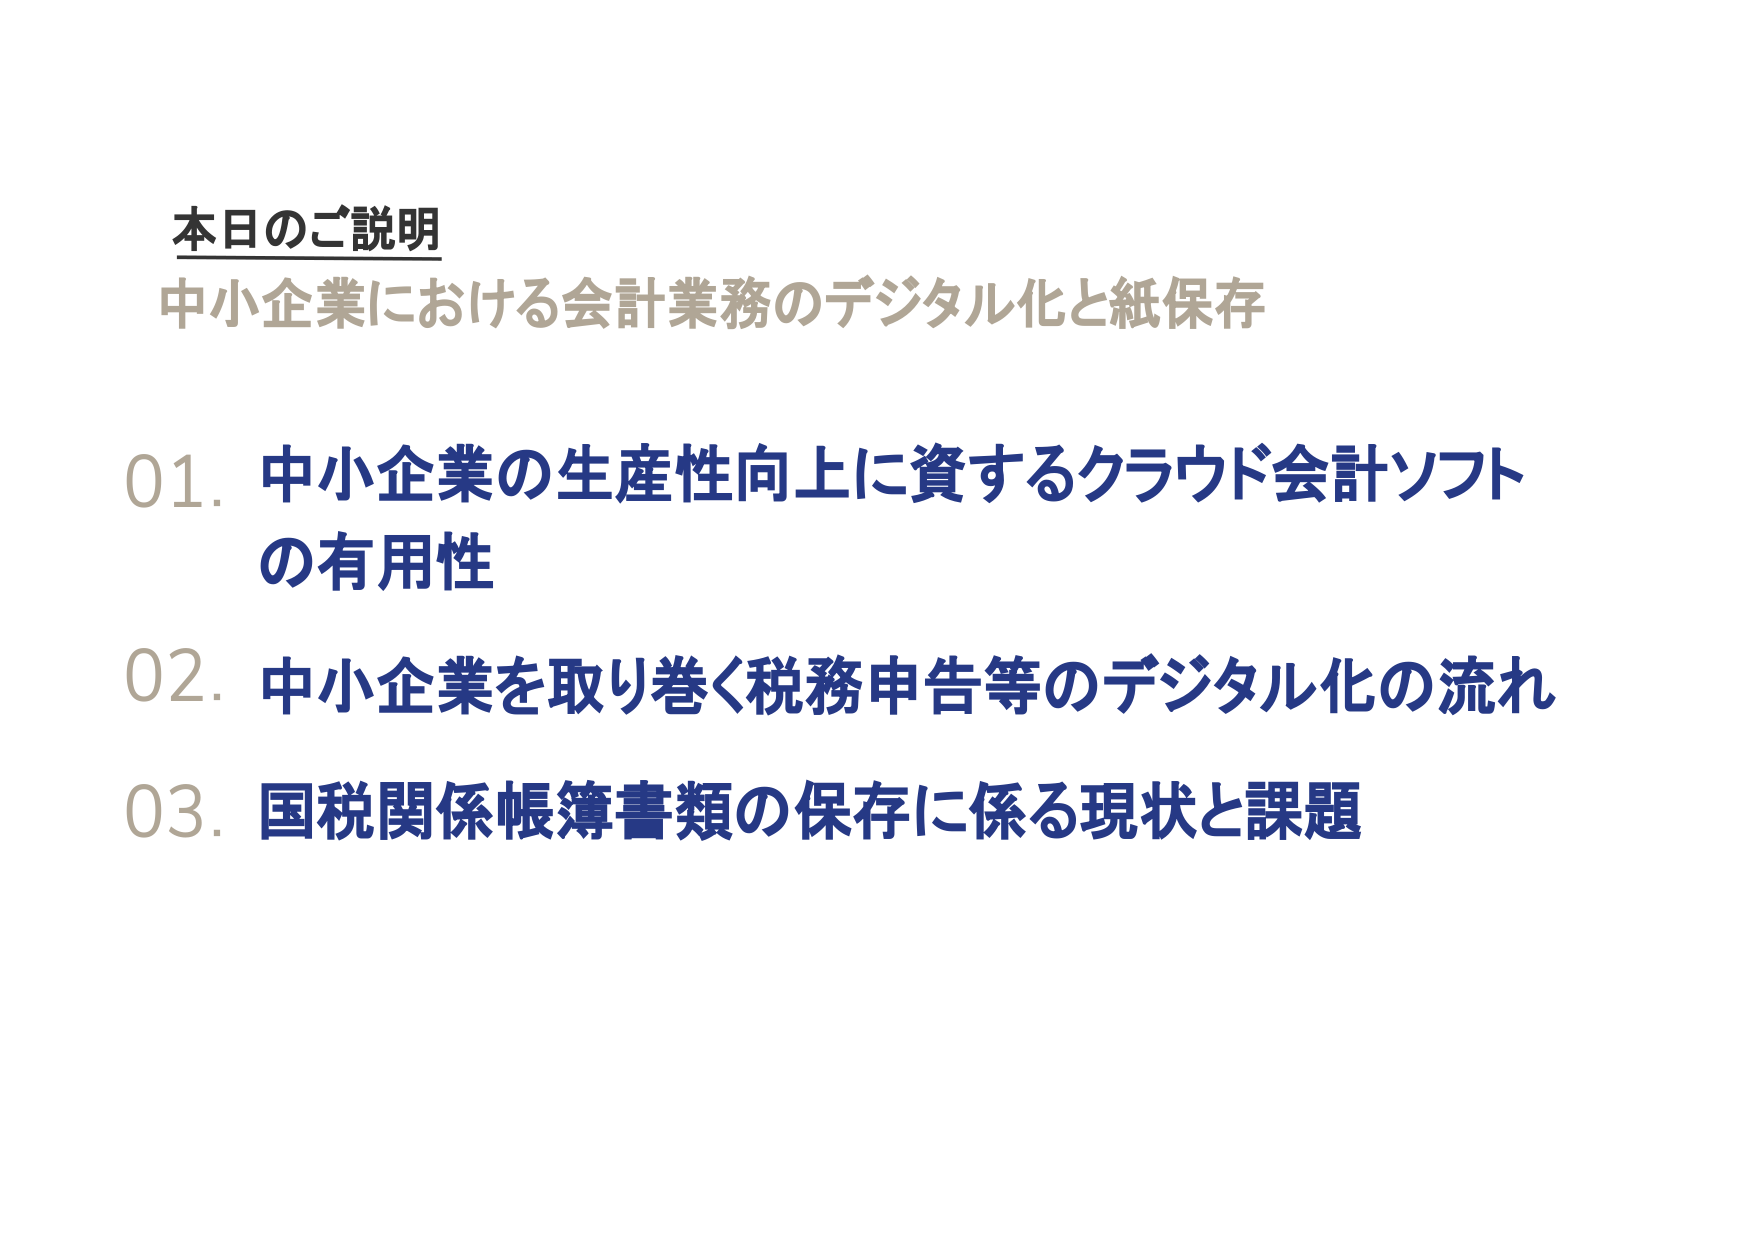
本日のご説明
中小企業における会計業務のデジタル化と紙保存

01. 中小企業の生産性向上に資するクラウド会計ソフトの有用性
02. 中小企業を取り巻く税務申告等のデジタル化の流れ
03. 国税関係帳簿書類の保存に係る現状と課題